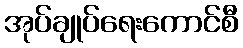
အုပ်ချုပ်ရေးကောင်စီ